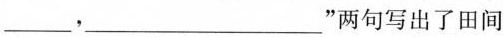
___，___”两句写出了田间